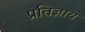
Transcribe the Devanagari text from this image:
प्रतिज्ञाय